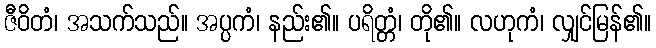
ဇီဝိတံ၊ အသက်သည်။ အပ္ပကံ၊ နည်း၏။ ပရိတ္တံ၊ တို၏။ လဟုကံ၊ လျှင်မြန်၏။